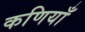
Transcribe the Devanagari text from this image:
कणियाँ